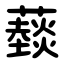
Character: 䕭